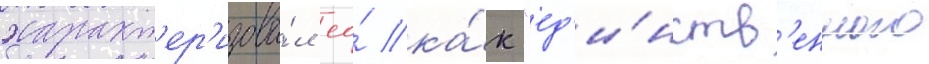
характ'ер'изова́л ео́ ка́к "ед'и́нств'енного